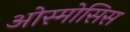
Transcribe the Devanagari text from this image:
ओस्मोसिस